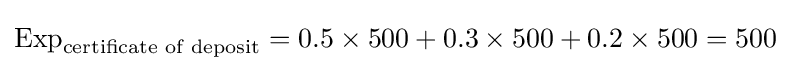
{\mbox{Exp}}_{\text{certificate of deposit}}=0.5\times 500+0.3\times 500+0.2\times 500=500